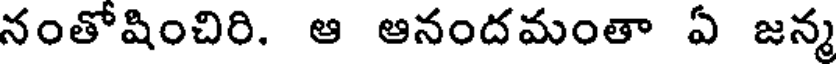
నంతోషించిరి. ఆ ఆనందమంతా ఏ జన్మ